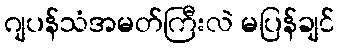
ဂျပန်သံအမတ်ကြီးလဲ မပြန်ချင်